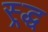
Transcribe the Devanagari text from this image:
स्र्द्ध